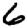
Digit: 6